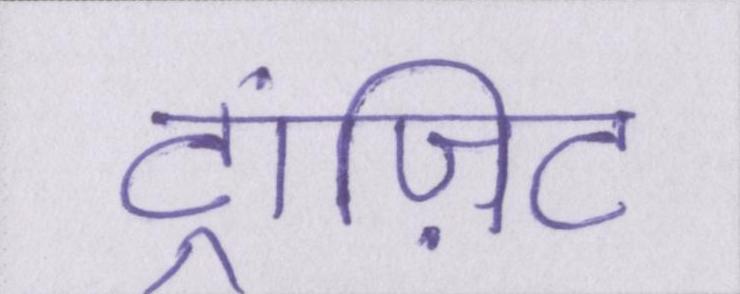
ट्रांज़िट